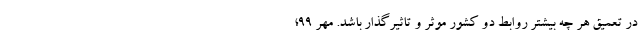
در تعمیق هر چه بیشتر روابط دو کشور موثر و تاثیرگذار باشد. مهر 99؛